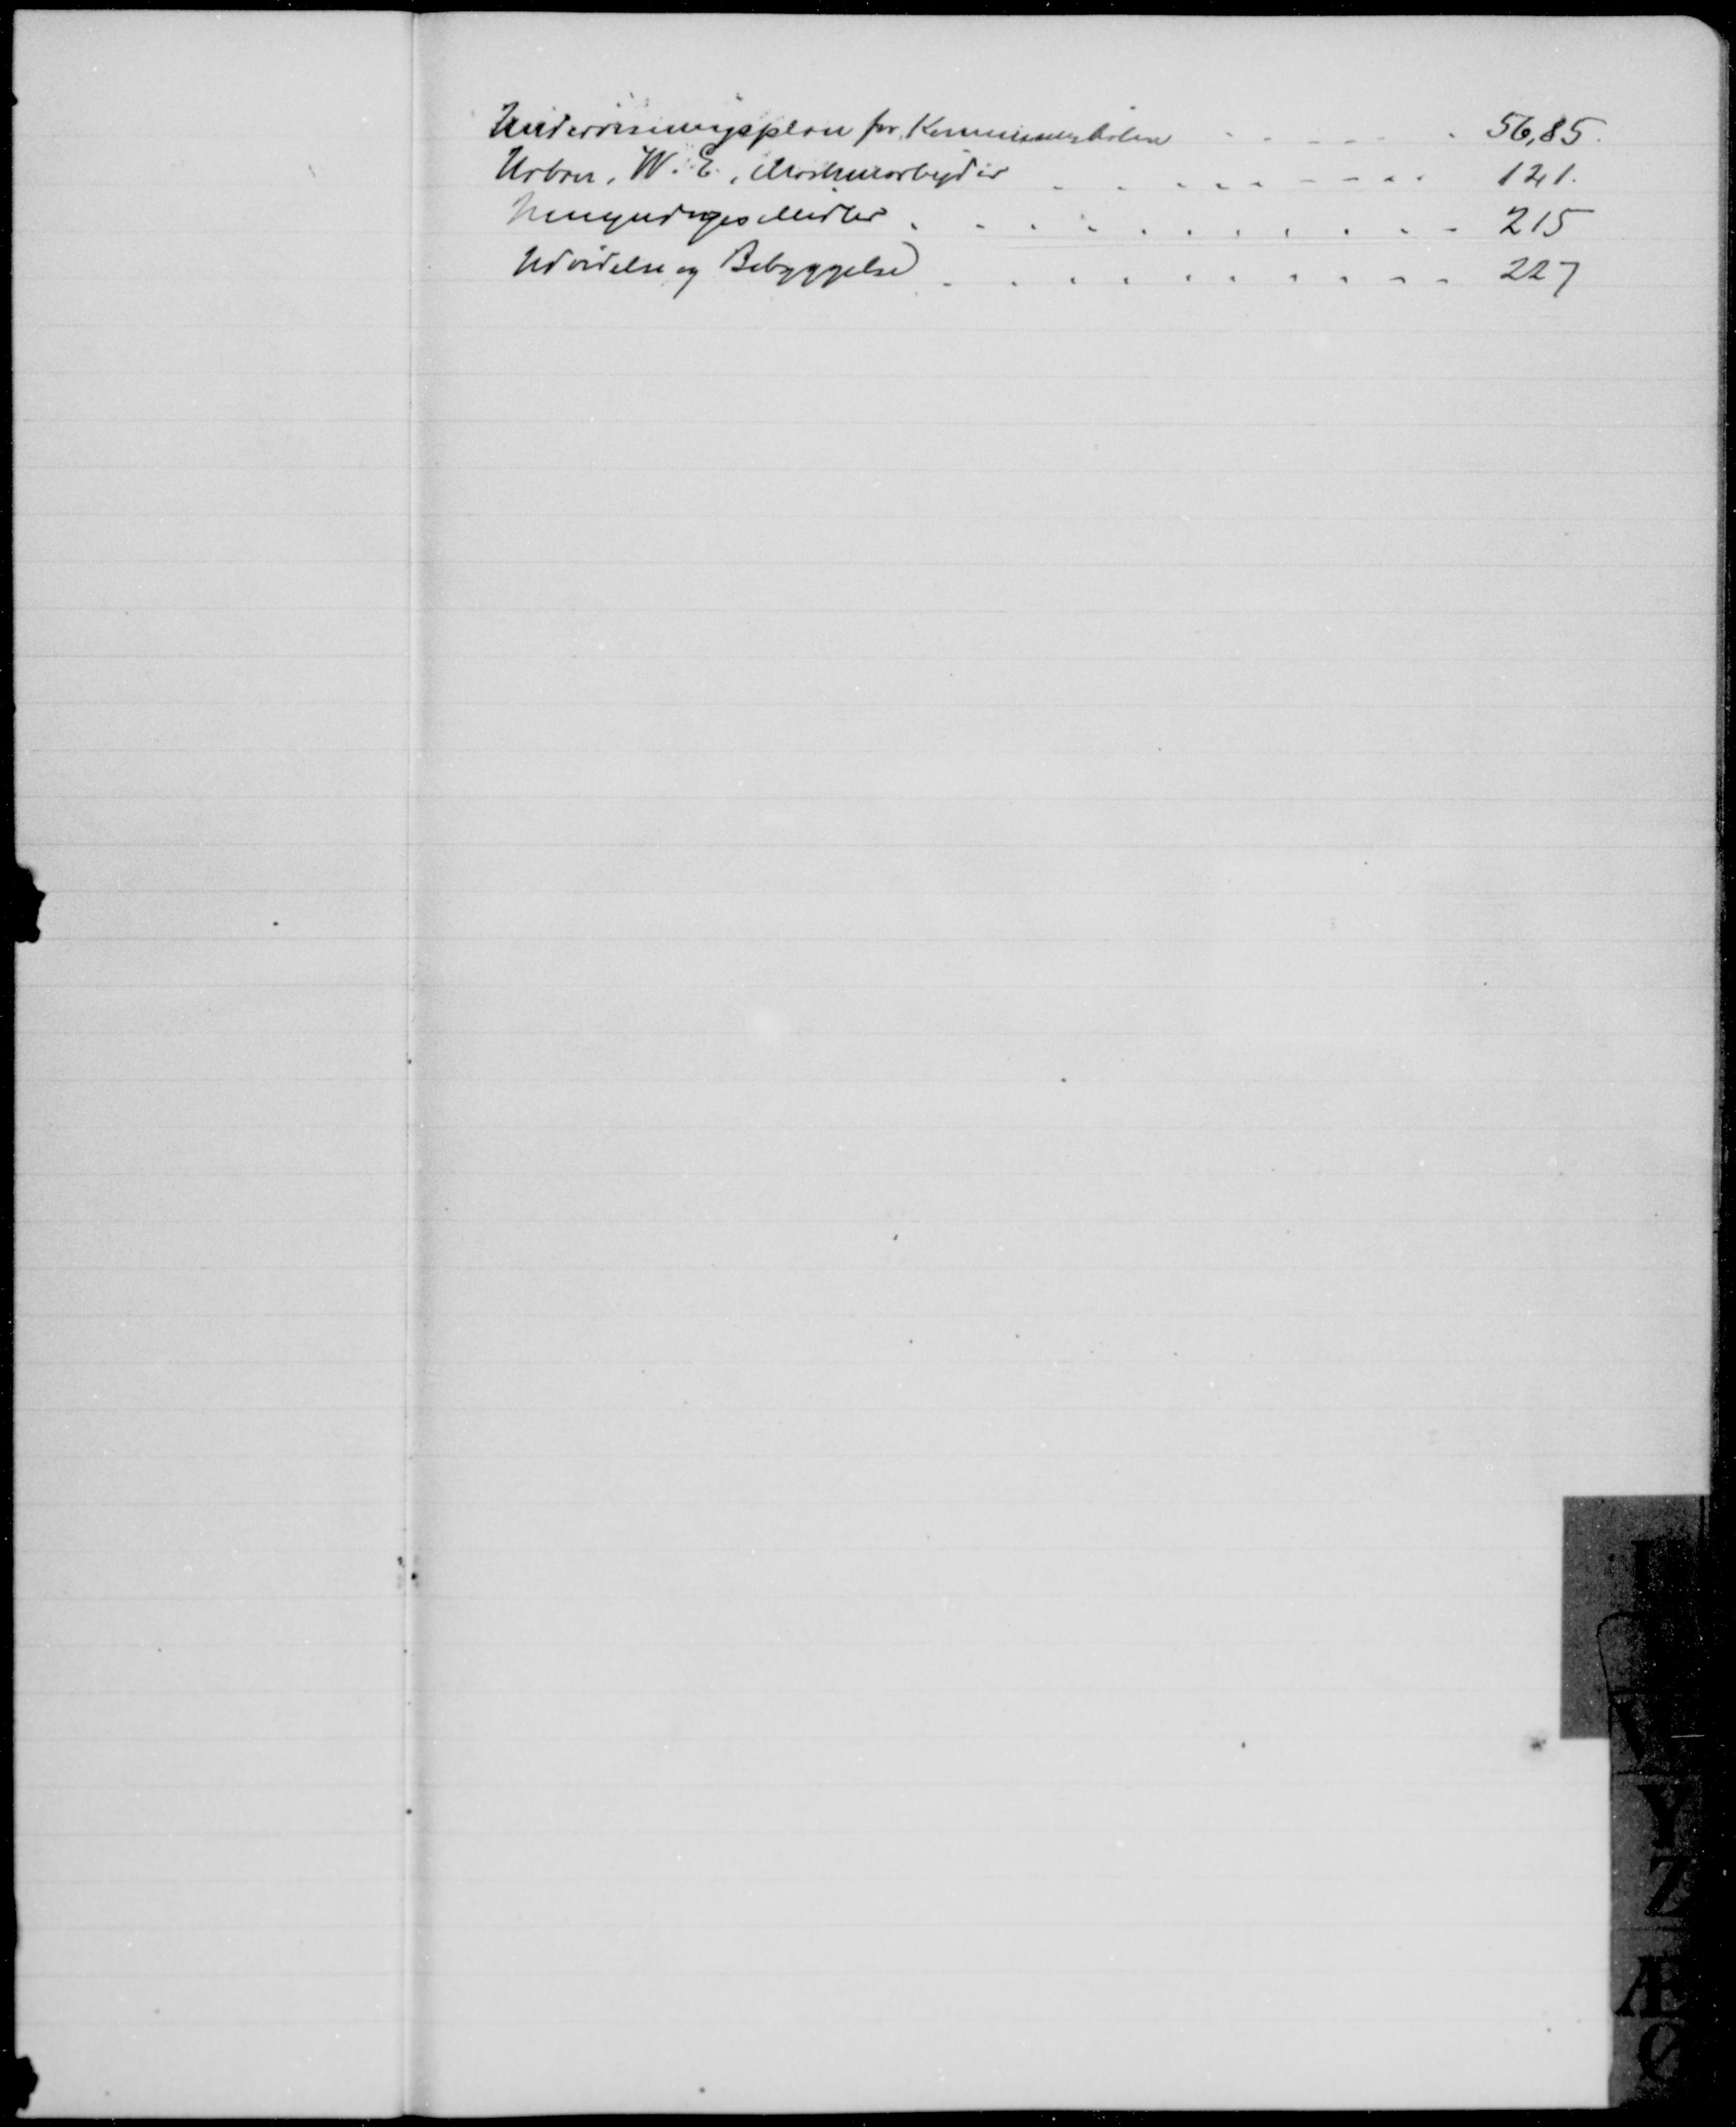
Transskription:
Undervisningsplan for Kommuneskolen
56,85
Urban, W. E., Maskinarbejder
121
Umyndiges Midler
215
Udvidelse og Bebyggelse
227